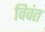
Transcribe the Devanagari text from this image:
विवंत